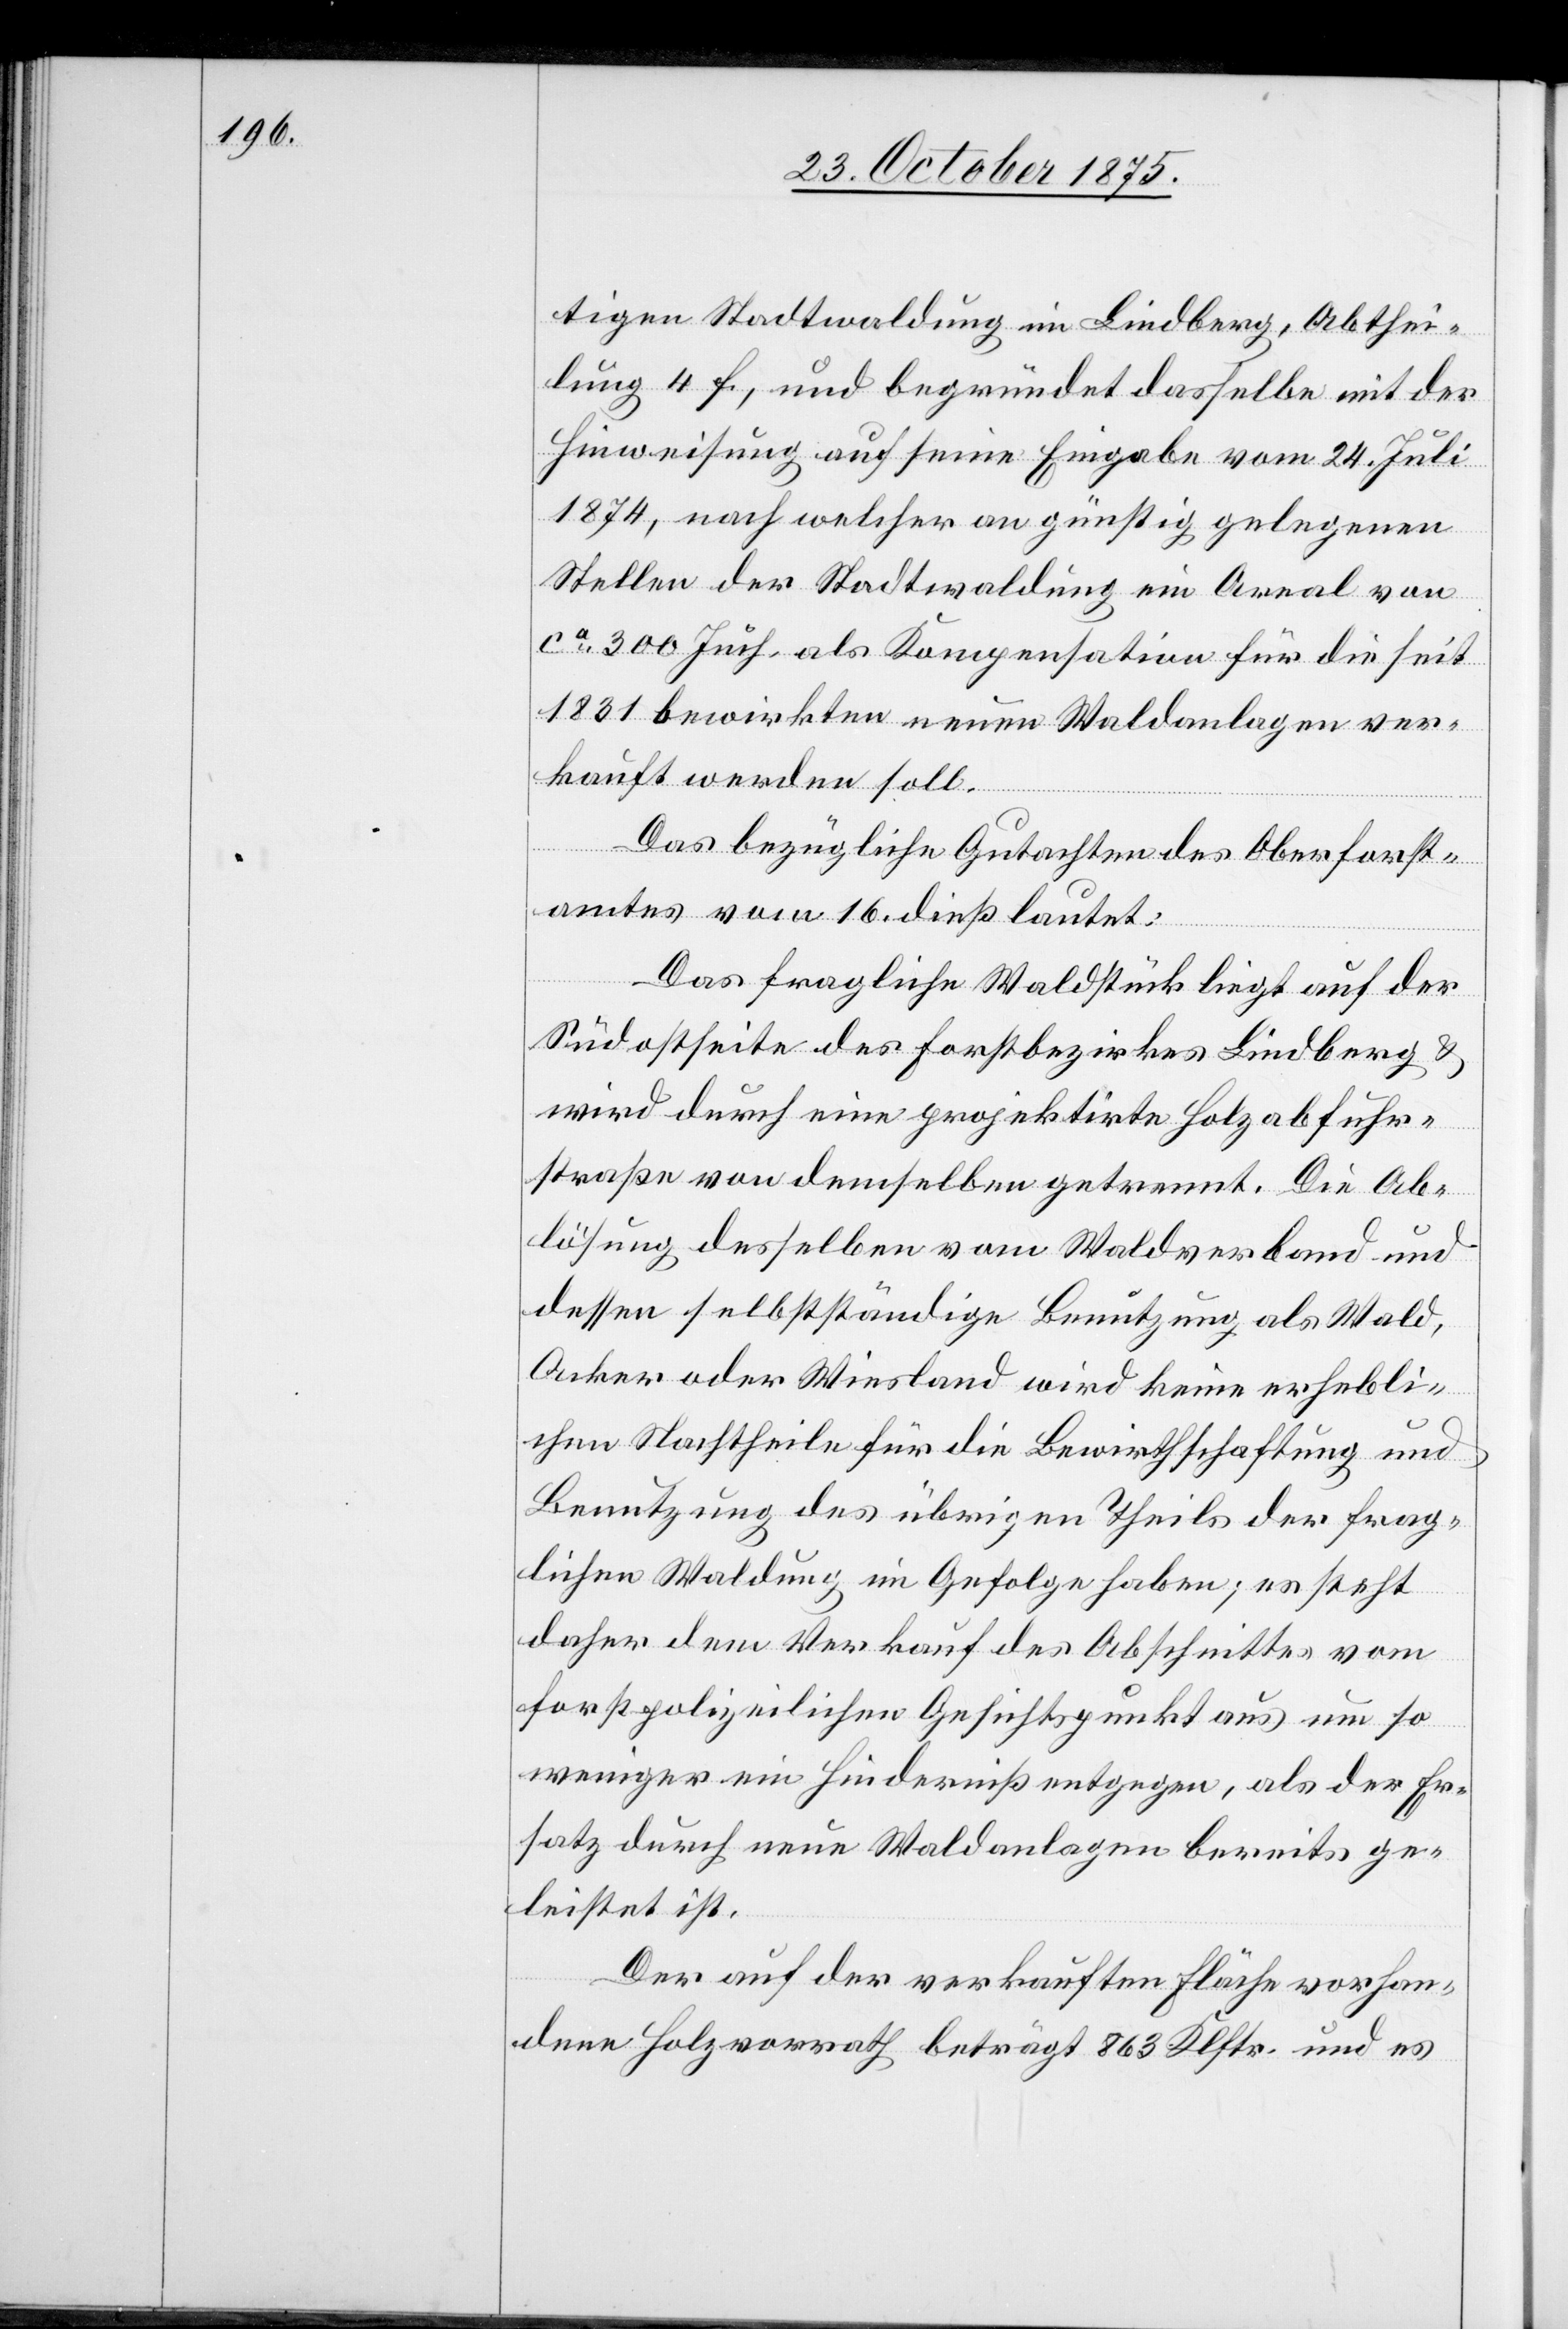
tigen Stadtwaldung im Lindberg, Abthei¬
lung 4 f, und begründet dasselbe mit der
Hinweisung auf seine Eingabe vom 24. Juli
1874, nach welcher an günstig gelegenen
Stellen der Stadtwaldung ein Areal von
ca 300 Juch. als Kompensation für die seit
1831 bewirkten neuen Waldanlagen ver¬
kauft werden soll.
Das bezügliche Gutachten des Oberforst¬
amtes vom 16. dieß lautet:
Das fragliche Waldstück liegt auf der
Südostseite des Forstbezirkes Lindberg &
wird durch eine projektirte Holzabfuhr¬
straße von demselben getrennt. Die Ab¬
lösung desselben vom Waldverband und
dessen selbstständige Benutzung als Wald,
Acker oder Wiesland wird keine erhebli¬
chen Nachtheile für die Bewirthschaftung und
Benutzung des übrigen Theils der frag¬
lichen Waldung im Gefolge haben; es steht
daher dem Verkauf des Abschnittes vom
forstpolizeilichen Gesichtspunkt aus um so
weniger ein Hinderniß entgegen, als der Er¬
satz durch neue Waldanlagen bereits ge¬
leistet ist.
Der auf der verkauften Fläche vorhan¬
dene Holzvorrath beträgt 863 Klftr. und es